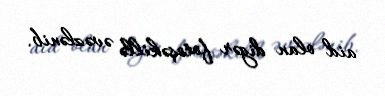
aid olan digər fotoşəkillə əvəzlənib.